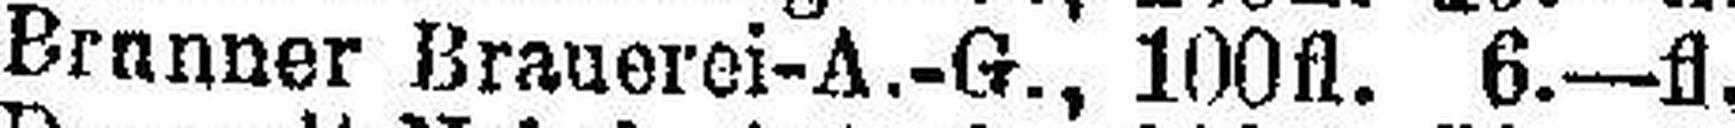
Brunner Brauerei-A.-G., 100fl. 6.—fl.